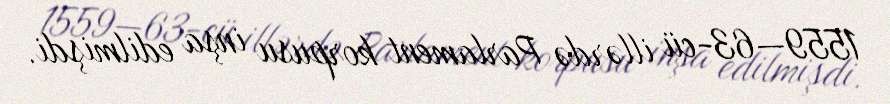
1559—63-cü illərdə Parlament korpusu inşa edilmişdi.